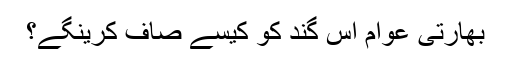
بھارتی عوام اس گند کو کیسے صاف کرینگے؟